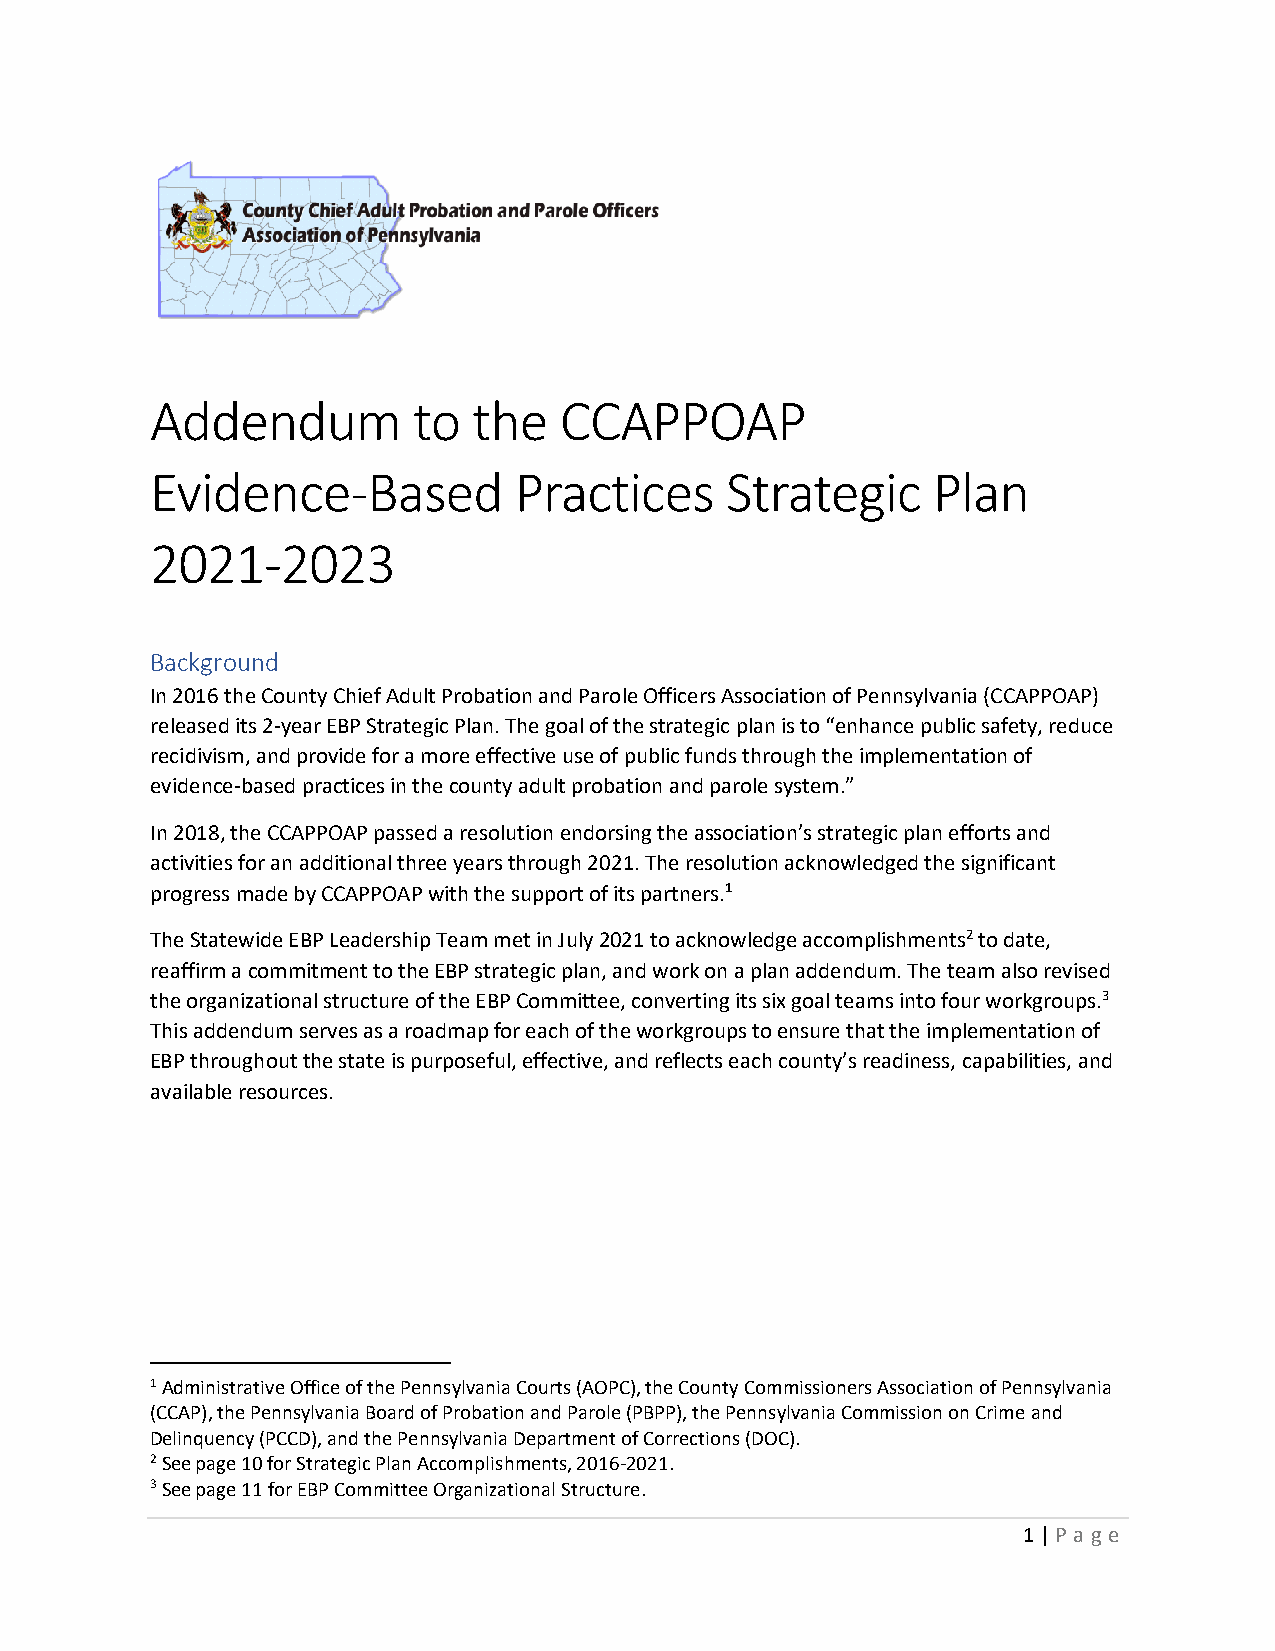
Addendum         to  the   CCAPPOAP
 Evidence-Based          Practices     Strategic     Plan
 2021-2023
 Background
 In 2016 the County Chief Adult Probation and Parole Officers Association of Pennsylvania (CCAPPOAP)
 released its 2-year EBP Strategic Plan. The goal of the strategic plan is to “enhance public safety, reduce
 recidivism, and provide for a more effective use of public funds through the implementation of
 evidence-based practices in the county adult probation and parole system.”
 In 2018, the CCAPPOAP passed a resolution endorsing the association’s strategic plan efforts and
 activities for an additional three years through 2021. The resolution acknowledged the significant
 progress made by CCAPPOAP with the support of its partners.1
 The Statewide EBP Leadership Team met in July 2021 to acknowledge accomplishments2 to date,
 reaffirm a commitment to the EBP strategic plan, and work on a plan addendum. The team also revised
 the organizational structure of the EBP Committee, converting its six goal teams into four workgroups.3
 This addendum serves as a roadmap for each of the workgroups to ensure that the implementation of
 EBP throughout the state is purposeful, effective, and reflects each county’s readiness, capabilities, and
 available resources.
 1 Administrative Office of the Pennsylvania Courts (AOPC), the County Commissioners Association of Pennsylvania
 (CCAP), the Pennsylvania Board of Probation and Parole (PBPP), the Pennsylvania Commission on Crime and
 Delinquency (PCCD), and the Pennsylvania Department of Corrections (DOC).
 2 See page 10 for Strategic Plan Accomplishments, 2016-2021.
 3 See page 11 for EBP Committee Organizational Structure.
 1 | P age